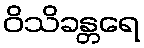
ဝိသိခန္တရေ